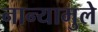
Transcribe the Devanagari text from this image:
नान्यामुले